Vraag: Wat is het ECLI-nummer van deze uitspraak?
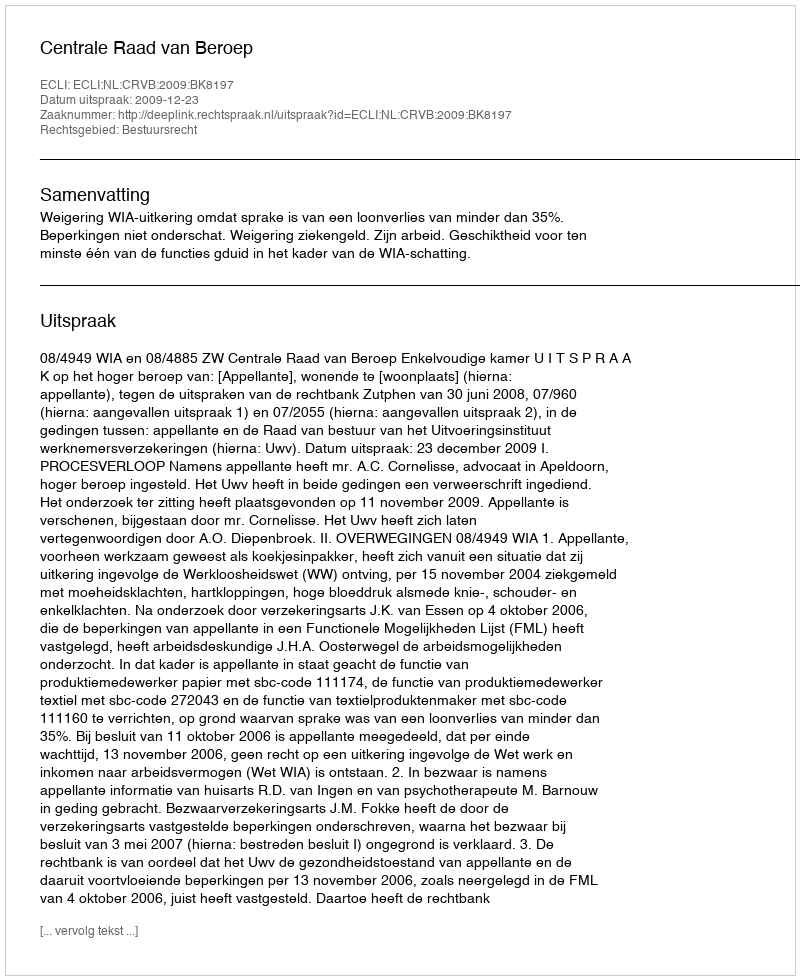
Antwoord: ECLI:NL:CRVB:2009:BK8197